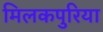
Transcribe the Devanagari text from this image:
मिलकपुरिया